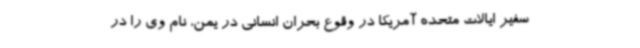
سفیر ایالات متحده آمریکا در وقوع بحران انسانی در یمن، نام وی را در